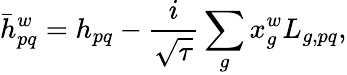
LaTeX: \bar{h}_{pq}^{w}=h_{pq}-\frac{i}{\sqrt{\tau}}\sum_{g}x_{g}^{w}L_{g,pq},